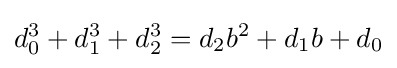
d_{0}^{3}+d_{1}^{3}+d_{2}^{3}=d_{2}b^{2}+d_{1}b+d_{0}